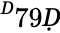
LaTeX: ^Ḋ79Ḍ